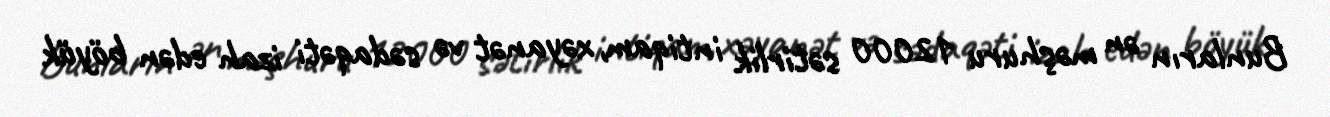
Bunların ən məşhuru 12000 sətirlik intiqam, xəyanət və sədaqəti izah edən böyük